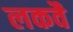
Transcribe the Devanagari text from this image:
लकवै